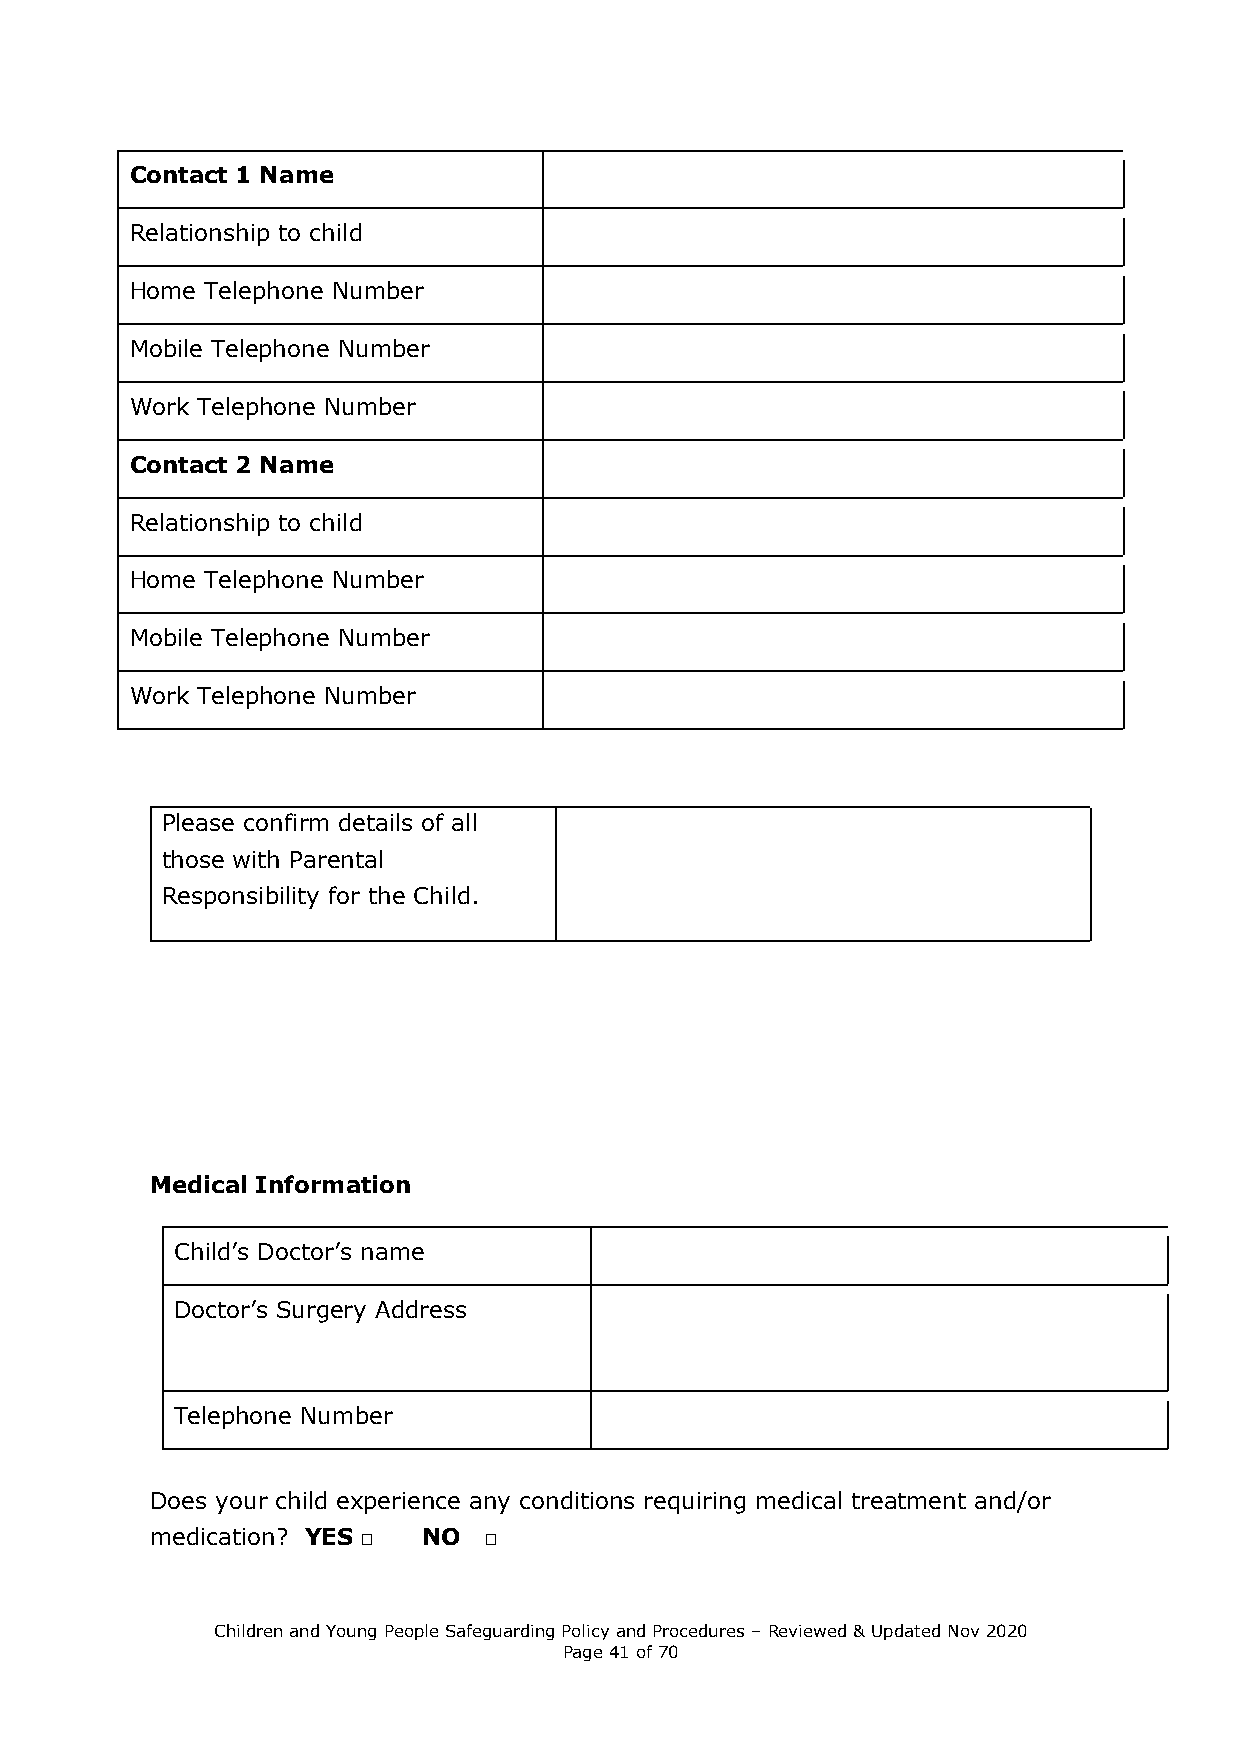
Contact 1 Name
 Relationship to child
 Home Telephone Number
 Mobile Telephone Number
 Work Telephone Number
 Contact 2 Name
 Relationship to child
 Home Telephone Number
 Mobile Telephone Number
 Work Telephone Number
 Please confirm details of all
 those with Parental
 Responsibility for the Child.
 Medical Information
 Child’s Doctor’s name
 Doctor’s Surgery Address
 Telephone Number
 Does your child experience any conditions requiring medical treatment and/or
 medication? YES □ NO  □
 Children and Young People Safeguarding Policy and Procedures – Reviewed & Updated Nov 2020
 Page 41 of 70